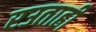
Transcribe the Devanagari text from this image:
रउताही